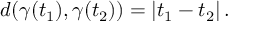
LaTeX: d ( \gamma ( t _ { 1 } ) , \gamma ( t _ { 2 } ) ) = \left| t _ { 1 } - t _ { 2 } \right| .